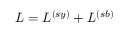
{ \cal L } = { \cal L } ^ { ( s y ) } + { \cal L } ^ { ( s b ) }